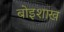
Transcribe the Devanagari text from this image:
बोइशाख